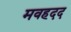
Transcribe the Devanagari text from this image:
मवहदद